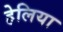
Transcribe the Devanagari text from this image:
हेलिया